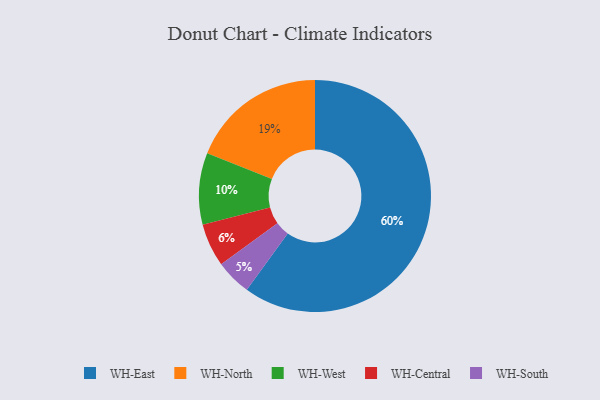
{"axis": {"x": "Category", "y": "Percentage"}, "legend": ["WH-Central", "WH-East", "WH-North", "WH-South", "WH-West"], "data": [{"x": "WH-South", "y": 5, "type": "WH-South"}, {"x": "WH-West", "y": 10, "type": "WH-West"}, {"x": "WH-Central", "y": 6, "type": "WH-Central"}, {"x": "WH-East", "y": 60, "type": "WH-East"}, {"x": "WH-North", "y": 19, "type": "WH-North"}]}